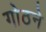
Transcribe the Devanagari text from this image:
गोठने